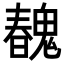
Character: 𩳽